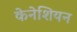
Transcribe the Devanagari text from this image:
केनेशियन